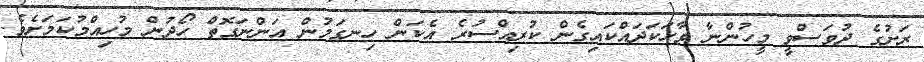
ރަށުގެ ދުވަސްވީ މީހުންނާ ވާހަކަދައްކައިގެން ކުރިއްސުރެ އެކަން ހިނގަމުން އަންނަގޮތް ހޯދުން މުހިއްމުކަމަށެވެ.